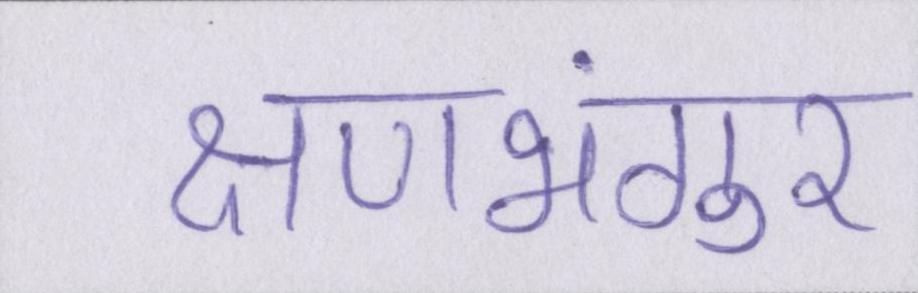
क्षणभंगुर